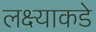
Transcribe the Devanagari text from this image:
लक्ष्याकडे